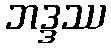
ဘဒ္ဒဿ